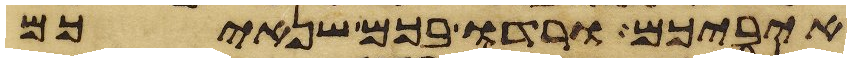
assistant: איביכם ורדו בכם שנאיכם